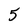
Character: 5